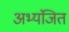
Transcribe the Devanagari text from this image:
अभ्यंजित